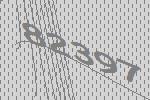
82397